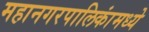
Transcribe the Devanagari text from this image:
महानगरपालिकांमध्ये